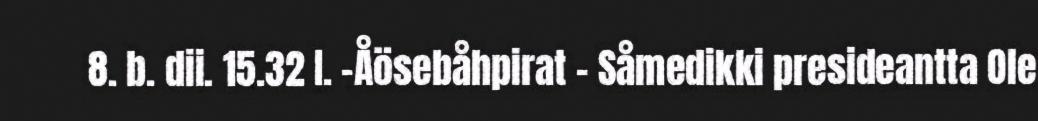
8. b. dii. 15.32 I. –Åösebåhpirat - Såmedikki presideantta Ole